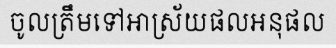
ចូលត្រឹមទៅអាស្រ័យផលអនុផល